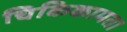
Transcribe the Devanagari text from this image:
चिकिकामता